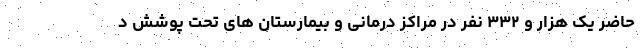
حاضر یک هزار و ۳۳۲ نفر در مراکز درمانی و بیمارستان های تحت پوشش د